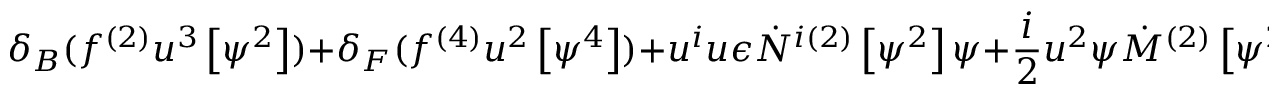
\delta _ { B } ( f ^ { ( 2 ) } u ^ { 3 } \left[ \psi ^ { 2 } \right] ) + \delta _ { F } ( f ^ { ( 4 ) } u ^ { 2 } \left[ \psi ^ { 4 } \right] ) + u ^ { i } u \epsilon \dot { N } ^ { i ( 2 ) } \left[ \psi ^ { 2 } \right] \psi + \frac { i } { 2 } u ^ { 2 } \psi \dot { M } ^ { ( 2 ) } \left[ \psi ^ { 2 } \right] \epsilon = 0 ~ ,